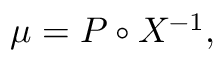
\mu = P \circ X ^ { - 1 } ,